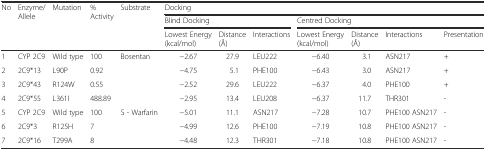
<table><thead><tr><td rowspan="3"><b>No</b></td><td rowspan="3"><b>Enzyme/ Allele</b></td><td rowspan="3"><b>Mutation</b></td><td rowspan="3"><b>% Activity</b></td><td rowspan="3"><b>Substrate</b></td><td colspan="7"><b>Docking</b></td></tr><tr><td colspan="3"><b>Blind Docking</b></td><td colspan="4"><b>Centred Docking</b></td></tr><tr><td><b>Lowest Energy (kcal/mol)</b></td><td><b>Distance (Å)</b></td><td><b>Interactions</b></td><td><b>Lowest Energy (kcal/mol)</b></td><td><b>Distance (Å)</b></td><td><b>Interactions</b></td><td><b>Presentation</b></td></tr></thead><tbody><tr><td>1</td><td>CYP 2C9</td><td>Wild type</td><td>100</td><td rowspan="4">Bosentan</td><td>−2.67</td><td>27.9</td><td>LEU222</td><td>−6.40</td><td>3.1</td><td>ASN217</td><td>+</td></tr><tr><td>2</td><td>2C9*13</td><td>L90P</td><td>0.92</td><td>−4.75</td><td>5.1</td><td>PHE100</td><td>−6.43</td><td>3.0</td><td>ASN217</td><td>+</td></tr><tr><td>3</td><td>2C9*43</td><td>R124W</td><td>0.55</td><td>−2.52</td><td>29.6</td><td>LEU222</td><td>−6.37</td><td>4.0</td><td>PHE100</td><td>+</td></tr><tr><td>4</td><td>2C9*55</td><td>L361I</td><td>488.89</td><td>−2.95</td><td>13.4</td><td>LEU208</td><td>−6.37</td><td>11.7</td><td>THR301</td><td>-</td></tr><tr><td>5</td><td>CYP 2C9</td><td>Wild type</td><td>100</td><td rowspan="3">S - Warfarin</td><td>−5.01</td><td>11.1</td><td>ASN217</td><td>−7.28</td><td>10.7</td><td>PHE100 ASN217</td><td>-</td></tr><tr><td>6</td><td>2C9*3</td><td>R125H</td><td>7</td><td>−4.99</td><td>12.6</td><td>PHE100</td><td>−7.19</td><td>10.8</td><td>PHE100 ASN217</td><td>-</td></tr><tr><td>7</td><td>2C9*16</td><td>T299A</td><td>8</td><td>−4.48</td><td>12.3</td><td>THR301</td><td>−7.18</td><td>10.8</td><td>PHE100 ASN217</td><td>-</td></tr></tbody></table>